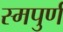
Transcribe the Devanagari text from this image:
स्मपुर्ण